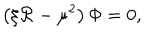
LaTeX: \left( \xi \mathcal { R } - \mu ^ { 2 } \right) \Phi = 0 ,